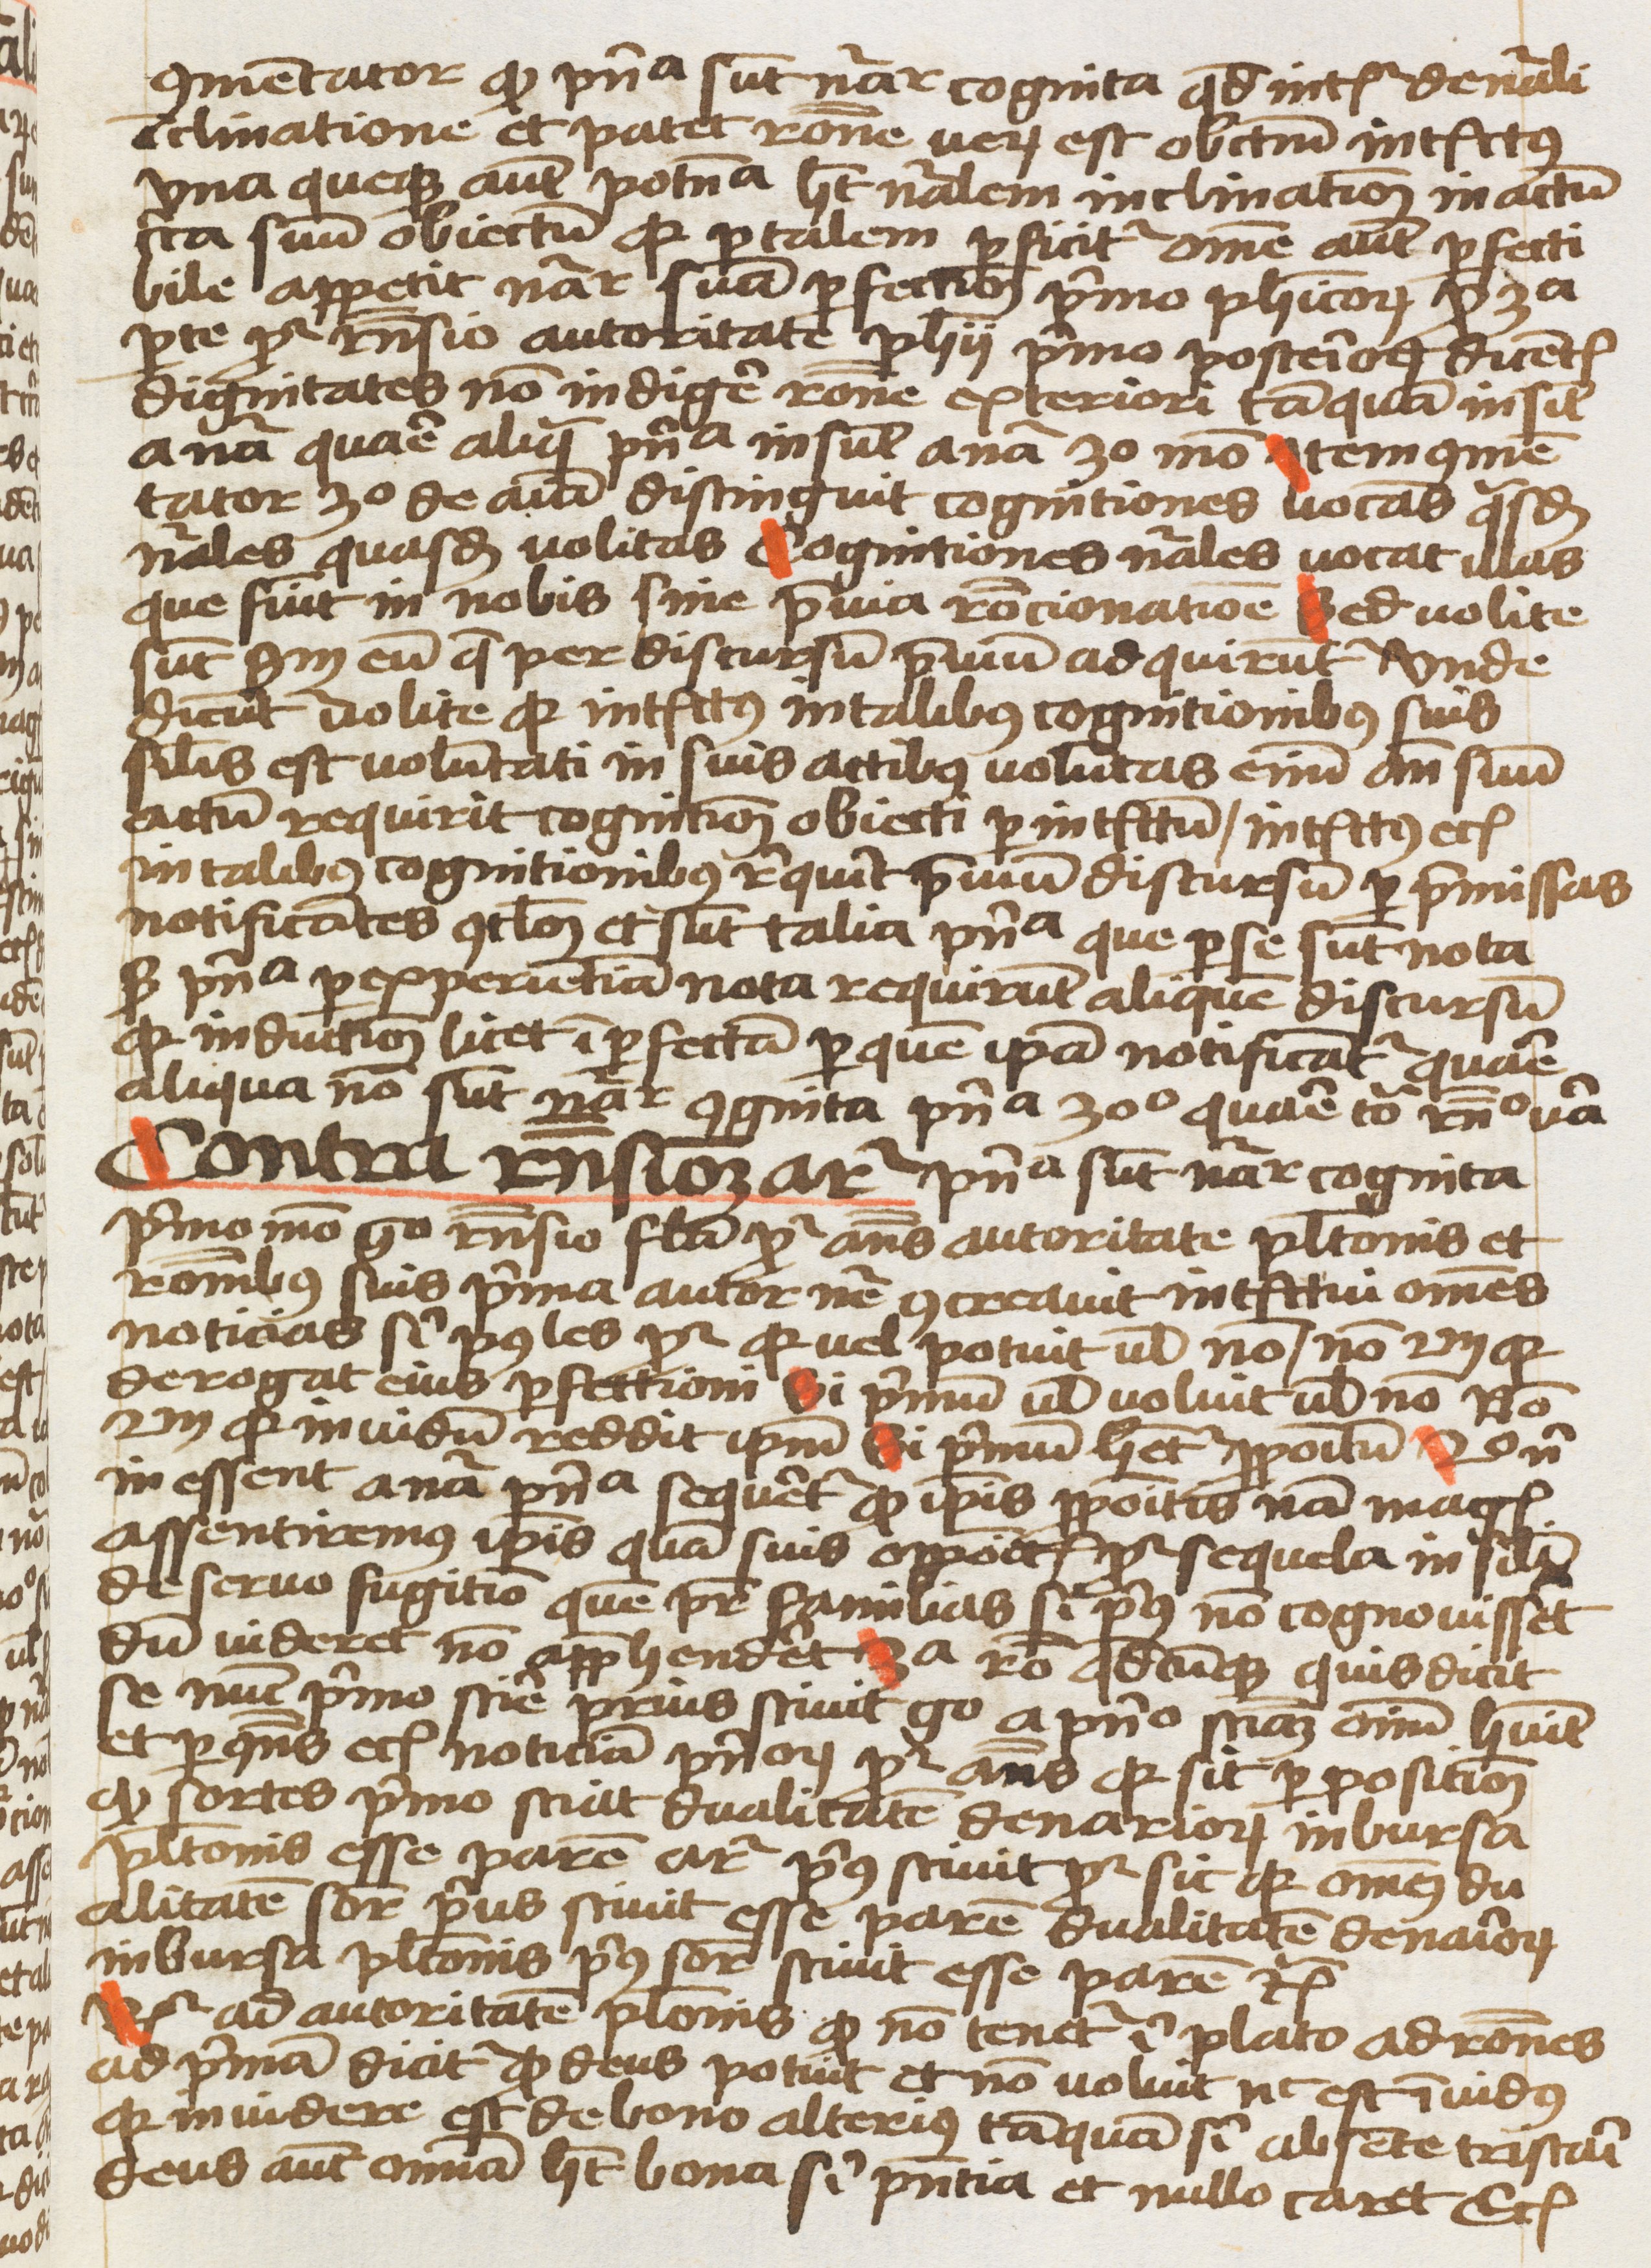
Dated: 1459–1459